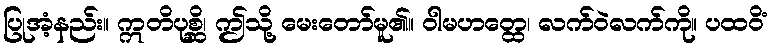
ပြုအံ့နည်း။ ဣတိပုစ္ဆိ၊ ဤသို့ မေးတော်မူ၏။ ဝါမဟတ္ထေ၊ လက်ဝဲလက်ကို။ ပထဝိံ